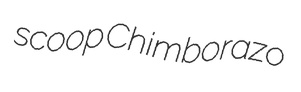
scoop Chimborazo